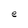
Character: e